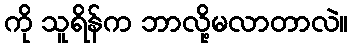
ကို သူရိန်က ဘာလို့မလာတာလဲ။